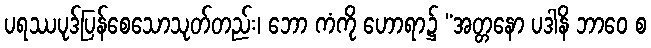
ပရဿပုဒ်ပြန်စေသောသုတ်တည်း၊ ဘော ကံကို ဟောရာ၌ “အတ္တနော ပဒါနိ ဘာဝေ စ